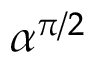
\alpha ^ { \pi / 2 }